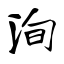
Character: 洵